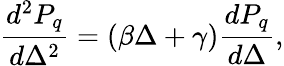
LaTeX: \frac{d^{2}P_{q}}{d\Delta^{2}}=\left(\beta\Delta+\gamma\right)\frac{dP_{q}}{d\Delta},